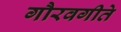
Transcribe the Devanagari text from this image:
गौरवगीते